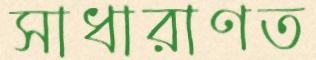
সাধারাণত